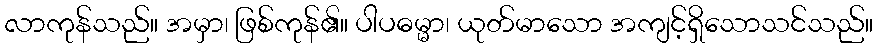
လာကုန်သည်။ အမှာ၊ ဖြစ်ကုန်၏။ ပါပဓမ္မာ၊ ယုတ်မာသော အကျင့်ရှိသောသင်သည်။